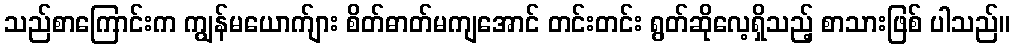
သည်စာကြောင်းက ကျွန်မယောက်ျား စိတ်ဓာတ်မကျအောင် တင်းတင်း ရွတ်ဆိုလေ့ရှိသည့် စာသားဖြစ် ပါသည်။